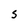
Character: s